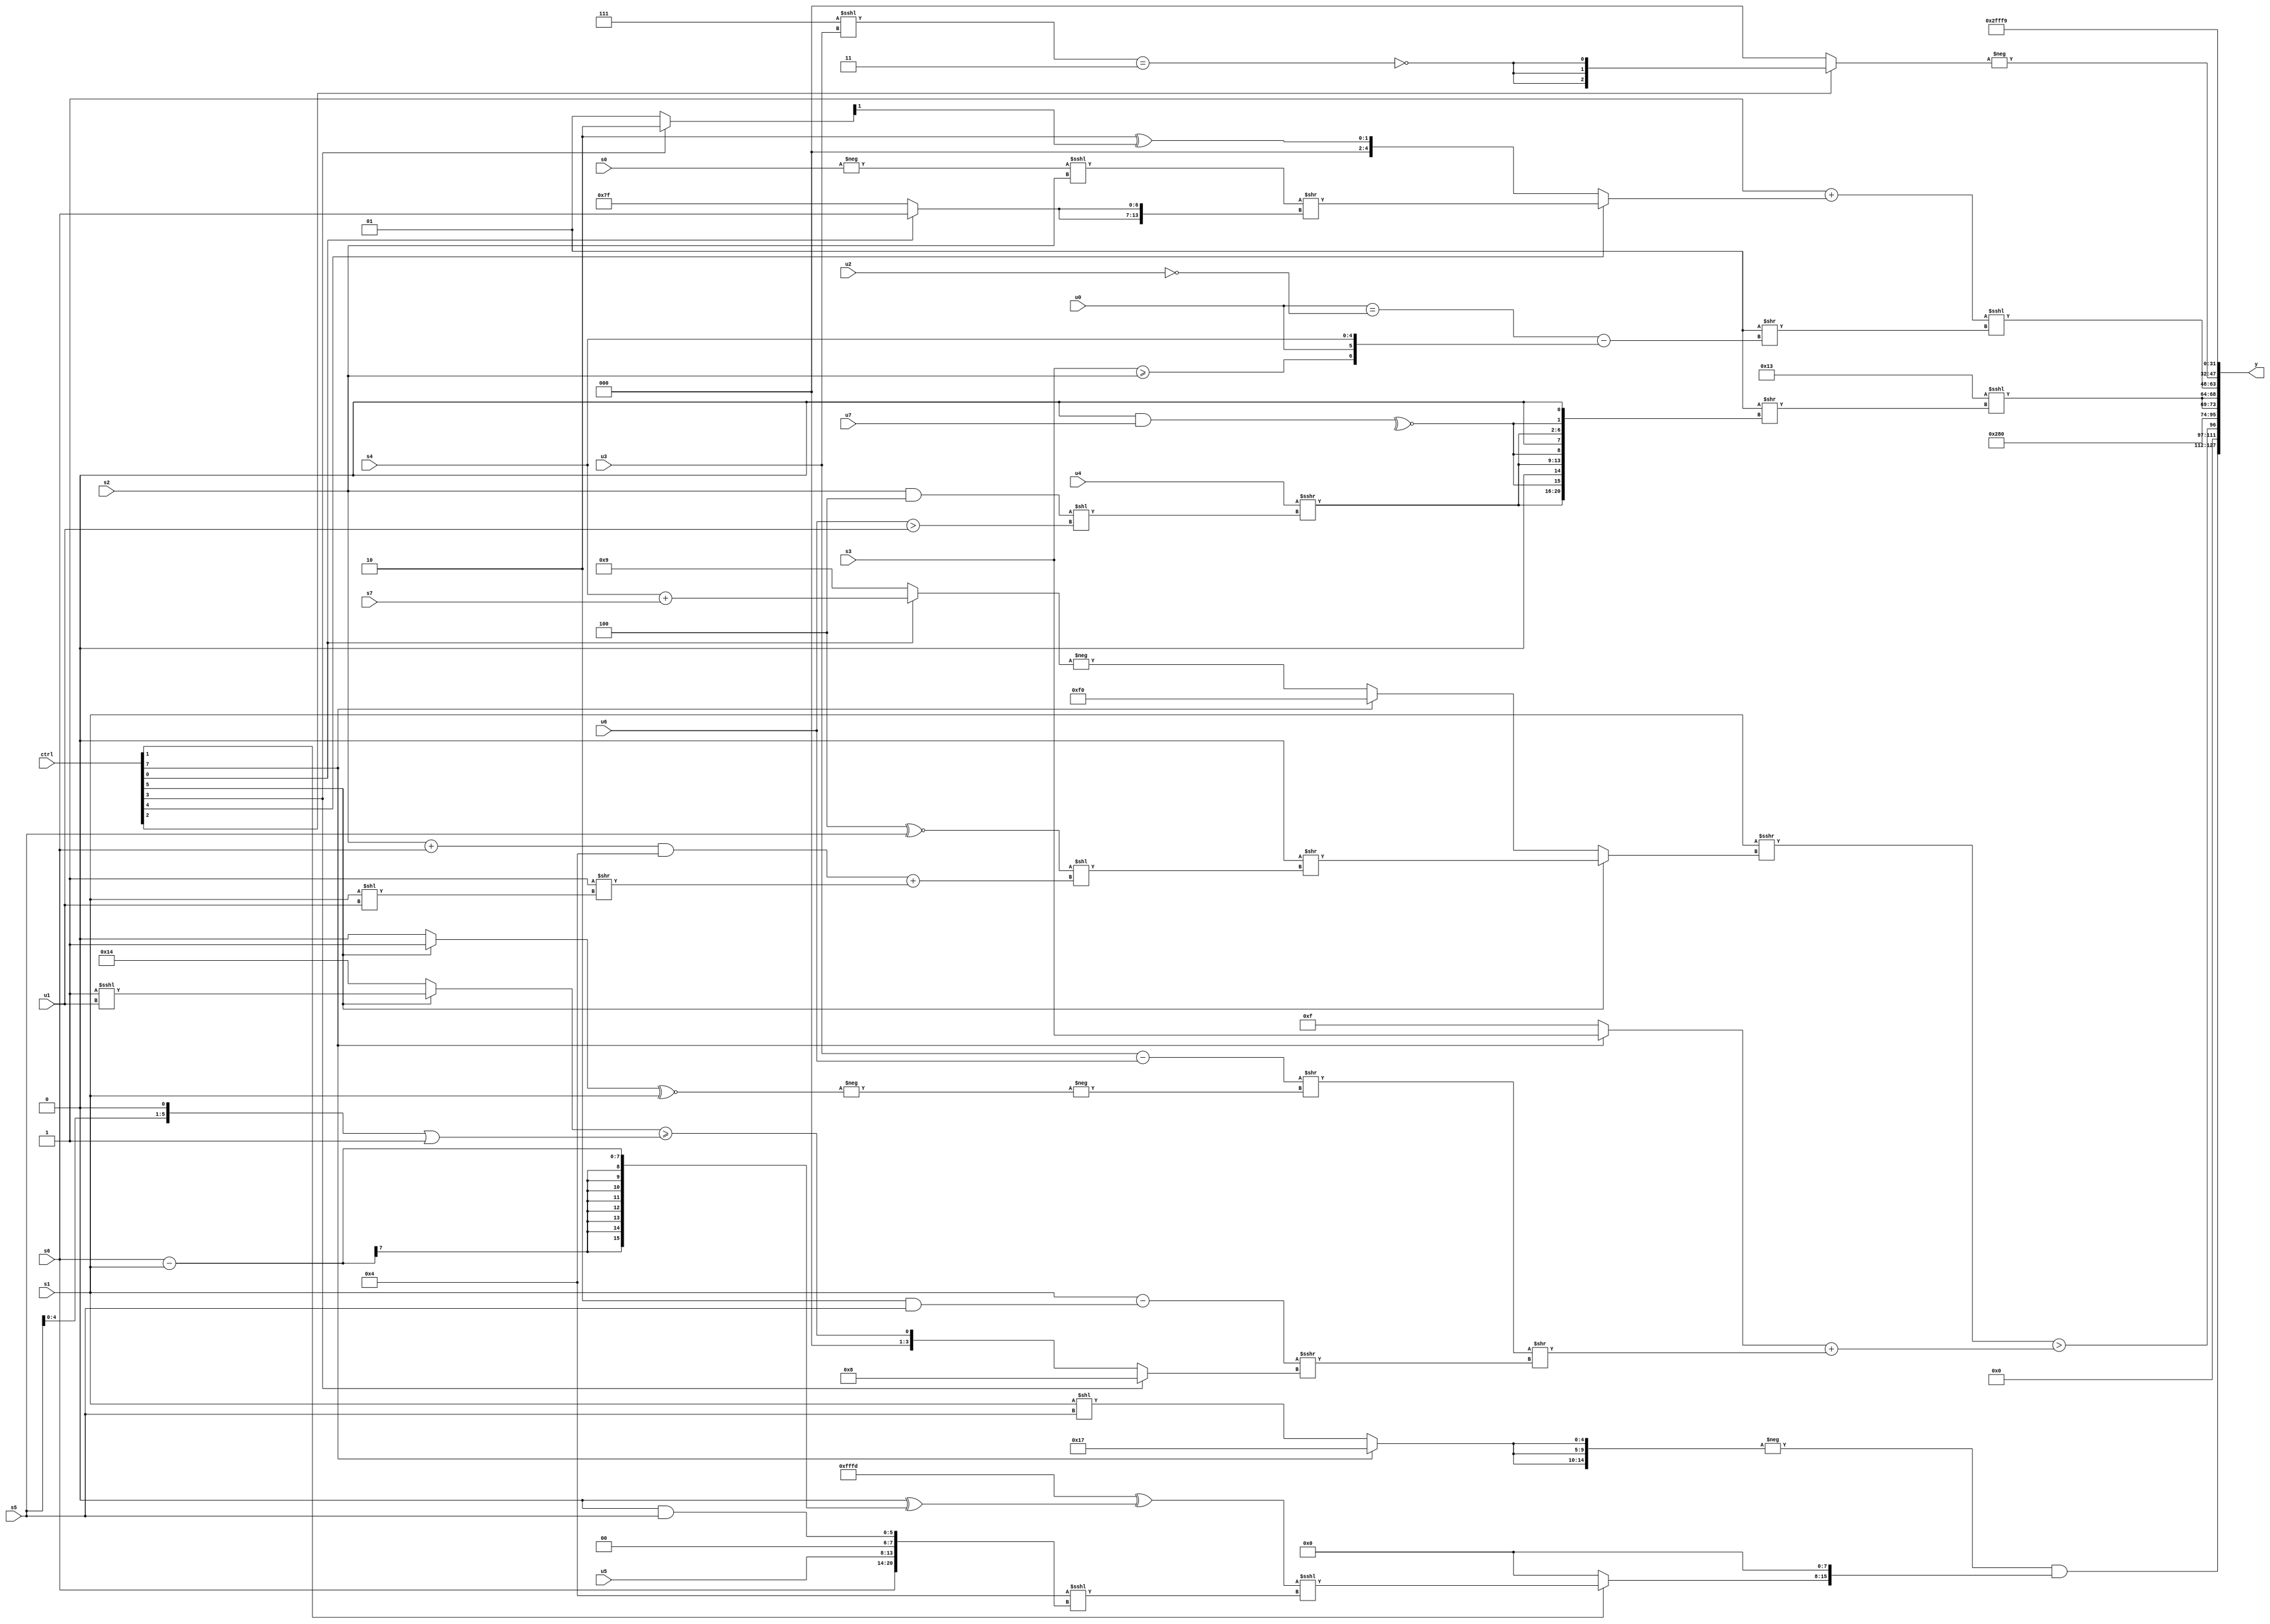
module wideexpr_00883(ctrl, u0, u1, u2, u3, u4, u5, u6, u7, s0, s1, s2, s3, s4, s5, s6, s7, y);
  input [7:0] ctrl;
  input [0:0] u0;
  input [1:0] u1;
  input [2:0] u2;
  input [3:0] u3;
  input [4:0] u4;
  input [5:0] u5;
  input [6:0] u6;
  input [7:0] u7;
  input signed [0:0] s0;
  input signed [1:0] s1;
  input signed [2:0] s2;
  input signed [3:0] s3;
  input signed [4:0] s4;
  input signed [5:0] s5;
  input signed [6:0] s6;
  input signed [7:0] s7;
  output [127:0] y;
  wire [15:0] y0;
  wire [15:0] y1;
  wire [15:0] y2;
  wire [15:0] y3;
  wire [15:0] y4;
  wire [15:0] y5;
  wire [15:0] y6;
  wire [15:0] y7;
  assign y = {y0,y1,y2,y3,y4,y5,y6,y7};
  assign y0 = ($signed(-({3{((ctrl[7]?5'sb10111:(s1)<<(s5)))>>>((s0)<<(+(1'b1)))}})))&(((ctrl[1]?((-({2{1'sb1}}))^(($signed(1'b0))^((s6)-(s1))))<<<((6'sb000100)<<<({{s6,u5,2'sb00},(1'sb0)&(s5)})):(s2)>>(5'b01001)))<<<((1'sb0)-(+(-($unsigned(4'sb1000))))));
  assign y1 = ((s1)>>>((ctrl[5]?(1'sb0)>>(((6'sb111100)^~(s5))<<((((s2)+(s6))&((1'sb0)-(4'sb1100)))+((+(1'sb1))>>((s1)<<(u1))))):(ctrl[7]?6'sb110000:-((ctrl[0]?(s4)+(s7):5'sb01001))))))>(((ctrl[7]?s3:1'sb1))+((((+(($signed(u3))>>(1'sb0)))-($signed(u6)))>>(-(-(((ctrl[5]?1'sb1:1'sb0))^~(s1)))))>>((($signed($signed(s1)))-((($signed(5'b11110))&(1'sb1))&(s5)))>>>((ctrl[3]?$signed(4'sb1000):((ctrl[5]?(1'sb1)<<<(u1):6'sb010100))>=(((s5)<<<(1'sb1))|((2'sb11)|(5'sb01011))))))));
  assign y2 = 5'sb01010;
  assign y3 = {2{(-(5'sb01101))<<<((2'sb01)>>({3{{(u4)>>>(((s2)&(3'sb100))<<((u6)>(u1))),~^((2'b00)&($signed(u7))),1'sb0}}}))}};
  assign y4 = ({1{(2'sb11)+((ctrl[4]?((-($signed(s0)))<<<(s2))>>({2{(ctrl[0]?s6:1'sb1)}}):(3'sb010)^(((ctrl[3]?(2'sb00)-(3'sb110):$signed(5'sb00001)))>>>(|($signed(4'sb1001))))))}})<<<($signed($signed((3'sb001)>>((($signed(-(u0)))==(~($signed(u2))))-({&((s3)>=(s2)),u0,+(s4)})))));
  assign y5 = -((ctrl[2]?{3{~|({2{((4'b0111)<<<(u3))==(5'sb00011)}})}}:2'b00));
  assign y6 = 6'sb000010;
  assign y7 = 5'sb11001;
endmodule